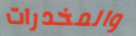
والمخدرات